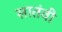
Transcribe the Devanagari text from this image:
सातंवी